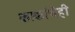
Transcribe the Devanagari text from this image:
काकांचेही